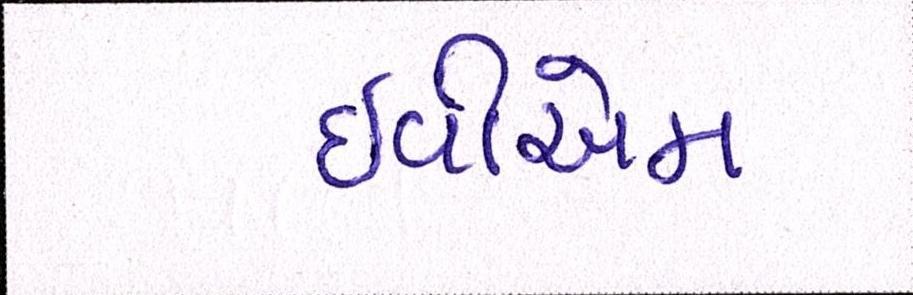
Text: ઇવીએમ